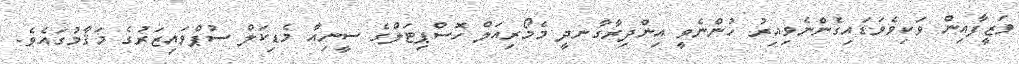
ވަޒީފާއިން ވަކިވެވަޑައިގެންނެވިއިރު ހުންނެވީ އިންދިރާގާނދީ މެމޯރިއަލް ހޮސްޕިޓަލްގެ ސީނިއާ މެޑިކަލް ސުޕްވައިޒަރުގެ މަޤާމުގައެވެ.